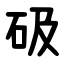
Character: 砐